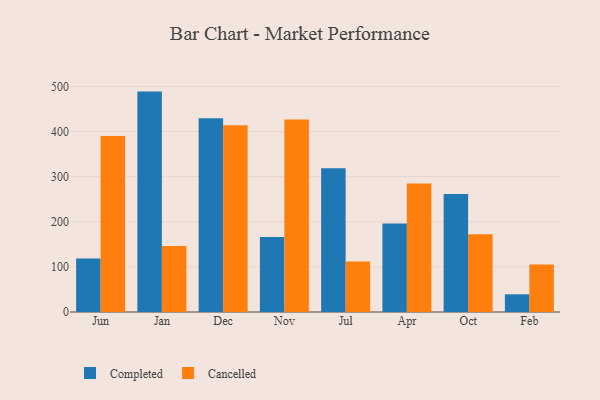
{"axis": {"x": "Month", "y": "Latency (ms)"}, "legend": ["Cancelled", "Completed"], "data": [{"x": "Jun", "y": 118.4, "type": "Completed"}, {"x": "Jun", "y": 390.5, "type": "Cancelled"}, {"x": "Jan", "y": 488.7, "type": "Completed"}, {"x": "Jan", "y": 146.1, "type": "Cancelled"}, {"x": "Dec", "y": 429.6, "type": "Completed"}, {"x": "Dec", "y": 414.3, "type": "Cancelled"}, {"x": "Nov", "y": 166.4, "type": "Completed"}, {"x": "Nov", "y": 427.1, "type": "Cancelled"}, {"x": "Jul", "y": 319.0, "type": "Completed"}, {"x": "Jul", "y": 112.2, "type": "Cancelled"}, {"x": "Apr", "y": 196.0, "type": "Completed"}, {"x": "Apr", "y": 284.7, "type": "Cancelled"}, {"x": "Oct", "y": 261.6, "type": "Completed"}, {"x": "Oct", "y": 172.6, "type": "Cancelled"}, {"x": "Feb", "y": 39.2, "type": "Completed"}, {"x": "Feb", "y": 105.4, "type": "Cancelled"}]}